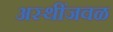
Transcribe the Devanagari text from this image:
अस्थींजवळ